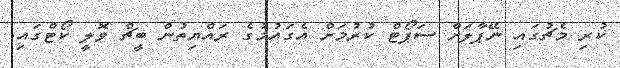
ކުރި މެޗުގައި ނޭޕާލަށް ސަޕޯޓް ކުރުމަށް އެގައުމުގެ ރައްޔިތުން ބީޗް ވޮލީ ކޯޓްގައި.